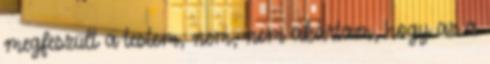
megfeszült a testem, nem, nem akartam, hogy az a